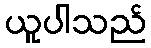
ယူပါသည်